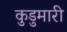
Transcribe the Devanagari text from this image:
कुडुमारी